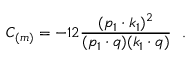
C _ { ( m ) } = - 1 2 \frac { ( p _ { 1 } \cdot k _ { 1 } ) ^ { 2 } } { ( p _ { 1 } \cdot q ) ( k _ { 1 } \cdot q ) } ~ ~ .